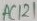
Text: AC121